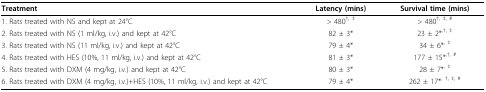
<table><thead><tr><td><b>Treatment</b></td><td><b>Latency (mins)</b></td><td><b>Survival time (mins)</b></td></tr></thead><tbody><tr><td>1. Rats treated with NS and kept at 24°C</td><td>&gt; 480<sup>†, ‡</sup></td><td>&gt; 480<sup>†, ‡, #</sup></td></tr><tr><td>2. Rats treated with NS (1 ml/kg, i.v.) and kept at 42°C</td><td>82 ± 3*</td><td>23 ± 2*<sup>,†, ‡</sup></td></tr><tr><td>3. Rats treated with NS (11 ml/kg, i.v.) and kept at 42°C</td><td>79 ± 4*</td><td>34 ± 6*<sup>, ‡</sup></td></tr><tr><td>4. Rats treated with HES (10%, 11 ml/kg, i.v.) and kept at 42°C</td><td>81 ± 3*</td><td>177 ± 15*<sup>,†, #</sup></td></tr><tr><td>5. Rats treated with DXM (4 mg/kg, i.v.) and kept at 42°C</td><td>80 ± 3*</td><td>28 ± 7*<sup>, ‡</sup></td></tr><tr><td>6. Rats treated with DXM (4 mg/kg, i.v.)+HES (10%, 11 ml/kg, i.v.) and kept at 42°C</td><td>79 ± 4*</td><td>262 ± 17*<sup>, †, ‡, #</sup></td></tr></tbody></table>